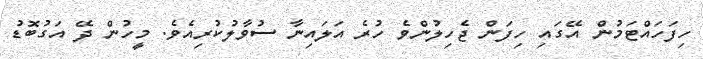
ހިފަހައްޓަމުން އޭގައި ހިފަން ޖެހިލުންވެ ހުރެ އަލައިނާ ސުވާލުކުރިއެވެ. މީހުން ދޭ އަގުބޮޑު